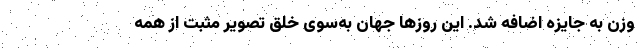
وزن به جایزه اضافه شد. این روزها جهان به‌سوی خلق تصویر مثبت از همه